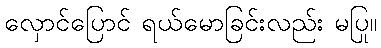
လှောင်ပြောင် ရယ်မောခြင်းလည်း မပြု။